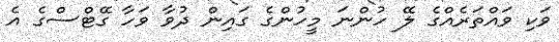
ވަކި ވައްތަރެއްގެ ލޭ ހުންނަ މީހުންގެ ގައިން ދުވާ ވަހާ ގޭޓްސްގެ އެ